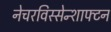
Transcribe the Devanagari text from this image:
नेचरविस्सेन्शाफ्टन